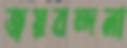
জয়বন্দনা